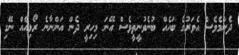
ދެންމެވެސް އެވަރުގެ ބަހެއް ބުނެވުނީތީވެސް އޭނަ މިހިރީ ދެން އަންނާނެ ރޯޅިއެއް ނޭގި